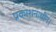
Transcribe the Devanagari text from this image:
प्रकाशनाधीन।